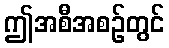
ဤအစီအစဉ်တွင်